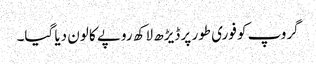
گروپ کو فوری طور پر ڈیڑھ لاکھ روپے کا لون دیا گیا۔